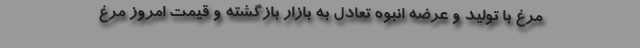
مرغ با تولید و عرضه انبوه تعادل به بازار بازگشته و قیمت امروز مرغ